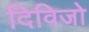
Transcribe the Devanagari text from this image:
दिविजो